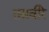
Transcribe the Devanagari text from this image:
तसवीरे